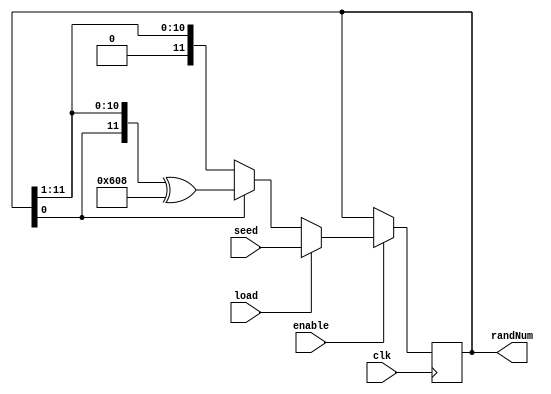
`timescale 1ns / 1ps
//////////////////////////////////////////////////////////////////////////////////
// Company: 
// Engineer: 
// 
// Design Name: 
// Module Name: lfsr
// Project Name: 
// Target Devices: 
// Tool Versions: 
// Description: 
// 
// Dependencies: 
// 
// Revision:
// Revision 0.01 - File Created
// Additional Comments:
// 
//////////////////////////////////////////////////////////////////////////////////


module lfsr
    #(
        parameter   WIDTH = 12,
        parameter   POLY = {WIDTH{12'b011000001000}}       // polynomial follows: x^12 + x^11 + x^10 + x^4 + 1
    )(
        input       clk,
        input       load,
        input       enable,
        input       [(WIDTH-1):0] seed,
        output reg  [(WIDTH-1):0] randNum 
    );

    always @(posedge clk ) begin
        if (enable) begin                                                   // if enable --> LFSR begins to operate
            if (load) begin                                                 // if load --> randNum initialized with seed
                randNum <= seed;
            end else if (randNum[0]) begin                                  // if LSB is a '1' --> Shift rotate right.
                randNum <= {randNum[0], randNum[(WIDTH-1):1]} ^ POLY;       //  THEN, XOR with polynomial
            end else begin
                randNum <= {randNum[0], randNum[(WIDTH-1):1]};              // Otherwise, simplfy Shift rotate right
            end
        end
    end

endmodule